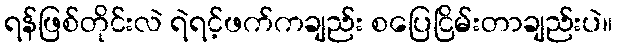
ရန်ဖြစ်တိုင်းလဲ ရဲရင့်ဖက်ကချည်း စပြေငြိမ်းတာချည်းပဲ။